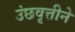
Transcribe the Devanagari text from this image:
उंछवृत्तीने